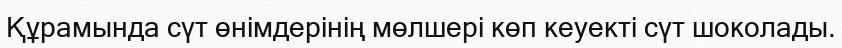
Құрамында сүт өнімдерінің мөлшері көп кеуекті сүт шоколады.